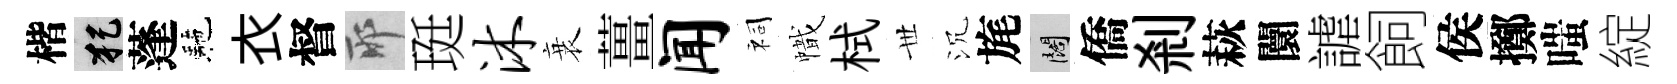
楷犯蓬駰衣督耶珽沐衰薑闻祠幟栻𠀍沉旄闊僑剎萩闤謔飼侯擲嗤綻